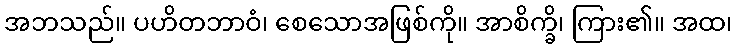
အဘသည်။ ပဟိတဘာဝံ၊ စေသောအဖြစ်ကို။ အာစိက္ခိ၊ ကြား၏။ အထ၊